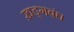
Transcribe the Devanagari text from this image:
ख़ड्गबंध